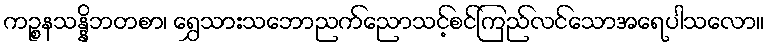
ကဉ္စနသန္နိဘတစာ၊ ရွှေသားသဘောညက်ညောသင့်စင်ကြည်လင်သောအရေပါသလော။